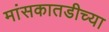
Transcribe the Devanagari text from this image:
मांसकातडीच्या